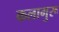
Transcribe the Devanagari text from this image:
कलागुरू